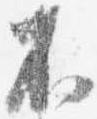
不